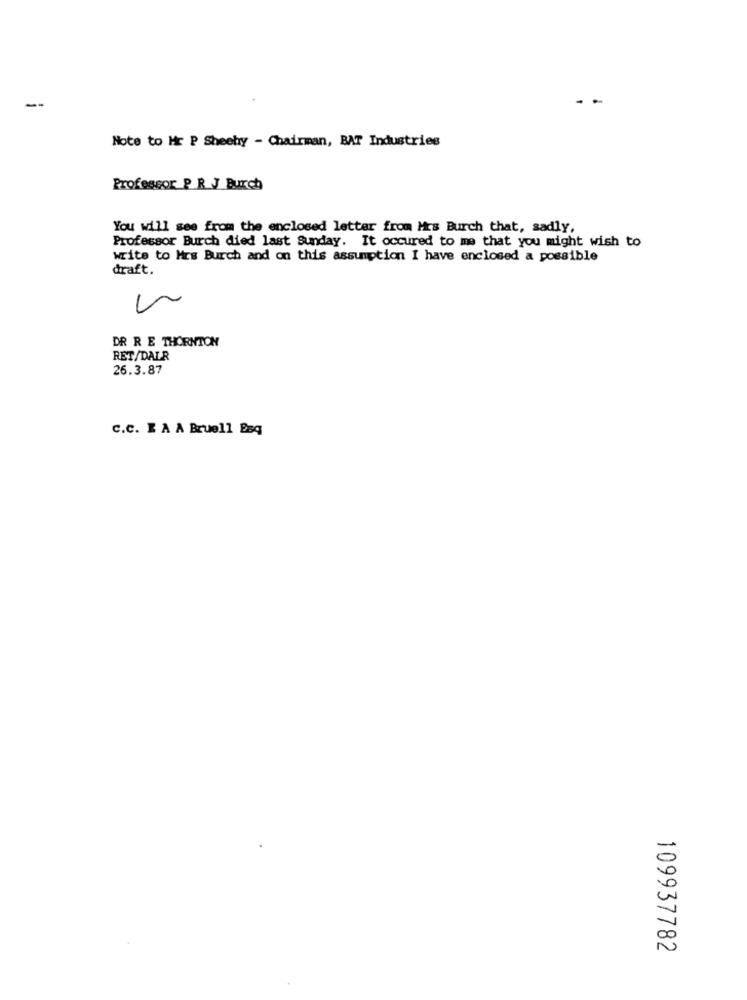
--
- -
Note to Hr P Sheehy - Chairman, BAT Industries
Professor_P_R J Burch
You will see from the enclosed letter from Mrs Burch that, sadly,
Professor Burch died last Sunday. It occured to me that you might wish to
write to Mrs Burch and on this assumption I have enclosed a possible
draft.
DR R E THORNTON
RET/DALR
26.3.87
c.c. E A A Bruell Esq
109937782